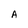
Character: A